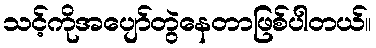
သင့်ကိုအပျော်တွဲနေတာဖြစ်ပါတယ်။